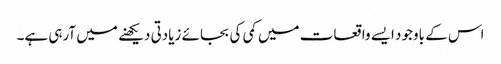
اس کے باوجود ایسے واقعات میں کمی کی بجائے زیادتی دیکھنے میں آرہی ہے۔